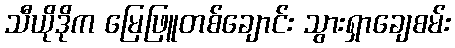
သီယိုဒိုက မြေဖြူတစ်ချောင်း သွားရှာချေစမ်း